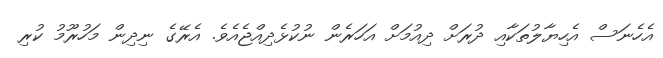
އެހެނަސް އެހިޔާލުތަކާއި ދުރަށް ދިއުމަށް އަހަރެން ނުކުޅެދިއްޖެއެވެ. އެރޭގެ ނިދިން މަހުރޫމު ކުރި